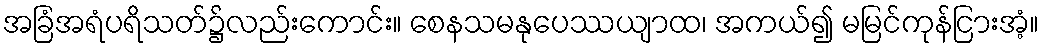
အခြံအရံပရိသတ်၌လည်းကောင်း။ စေနသမနုပေဿယျာထ၊ အကယ်၍ မမြင်ကုန်ငြားအံ့။